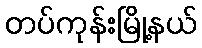
တပ်ကုန်းမြို့နယ်